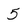
Character: 5